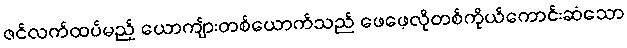
ဇင်လက်ထပ်မည့် ယောကျ်ားတစ်ယောက်သည် ဖေဖေ့လိုတစ်ကိုယ်ကောင်းဆံသော